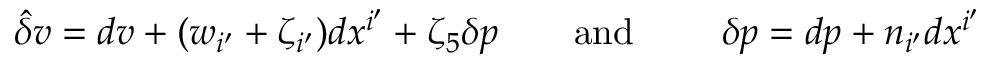
\hat { \delta } v = d v + ( w _ { i ^ { \prime } } + \zeta _ { i ^ { \prime } } ) d x ^ { i ^ { \prime } } + \zeta _ { 5 } \delta p \qquad \mathrm { a n d ~ } \qquad \delta p = d p + n _ { i ^ { \prime } } d x ^ { i ^ { \prime } }